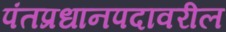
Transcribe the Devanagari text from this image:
पंतप्रधानपदावरील